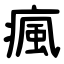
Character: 瘋